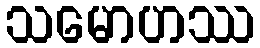
သမောဟဿ